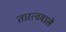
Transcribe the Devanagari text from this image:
तारत्ववाले